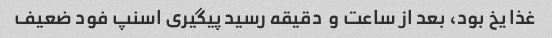
غذا یخ بود، بعد از ساعت و  دقیقه رسید پیگیری اسنپ فود ضعیف